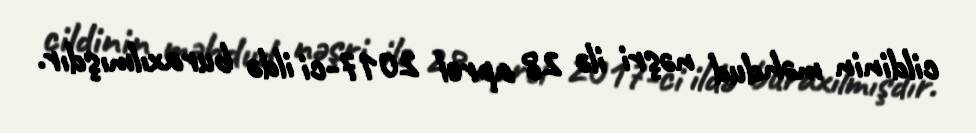
cildinin məhdud nəşri ilə 28 aprel 2017-ci ildə buraxılmışdır.